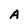
Character: A